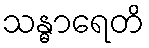
သန္ဓာရေတိ